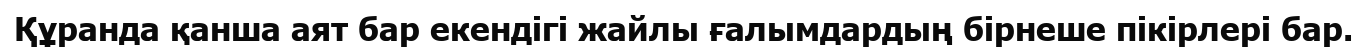
Құранда қанша аят бар екендігі жайлы ғалымдардың бірнеше пікірлері бар.